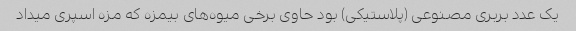
یک عدد بربری مصنوعی (پلاستیکی) بود حاوی برخی میوه‌های بیمزه که مزه اسپری میداد